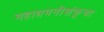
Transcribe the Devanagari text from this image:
महाधमनीशंकूचा